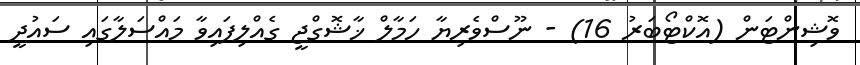
ވޮޝިންޓަން (އޮކްޓޯބަރު 16) - ނޫސްވެރިޔާ ހަމާލް ޚާޝޮގްޖީ ގެއްލިފައިވާ މައްސަލާގައި ސައުދީ